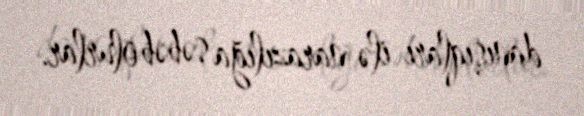
danışıqları ilə narazılığa səbəb olurlar.